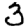
Digit: 3